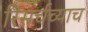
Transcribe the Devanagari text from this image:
रिसर्चच्याच